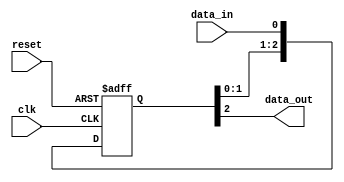
module three_flop_synchronizer (
    input wire clk,
    input wire reset,
    input wire data_in,
    output reg data_out
);

reg [2:0] sync_reg;

always @(posedge clk or negedge reset) begin
    if (!reset) begin
        sync_reg <= 3'b0;
    end else begin
        sync_reg <= {sync_reg[1:0], data_in};
    end
end

assign data_out = sync_reg[2];

endmodule